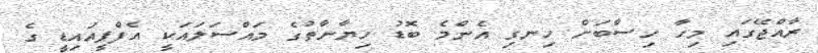
ރާއްޖޭގައި މިހާ ހިސާބަށް ހިނގި އެންމެ ބޮޑު ހިޔާނާތުގެ މައްސަލައަކީ އެފްޕީއައިޑީ ގެ